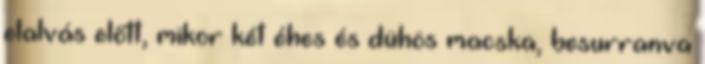
elalvás előtt, mikor két éhes és dühös macska, besurranva